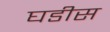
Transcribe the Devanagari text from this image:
घडीस